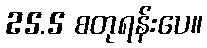
25.5 စတုရန်းပေ။